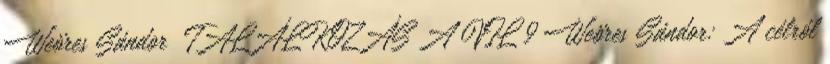
Weöres Sándor TALÁLKOZÁS A VIL 9 Weöres Sándor: A célról